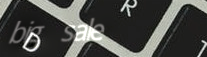
big sale